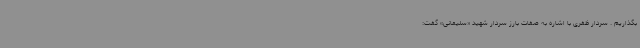
بگذاریم . سردار ظفری با اشاره به صفات بارز سردار شهید «سلیمانی» گفت: